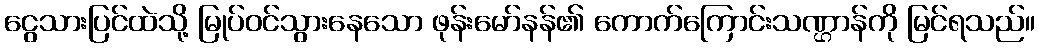
ငွေသားပြင်ထဲသို့ မြုပ်ဝင်သွားနေသော ဖုန်းမော်နန်၏ ကောက်ကြောင်းသဏ္ဌာန်ကို မြင်ရသည်။